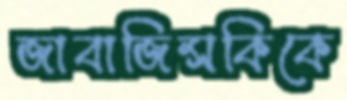
জাবাজিন্সকিকে